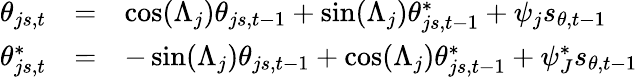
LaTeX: \begin{array}{rcl}{\theta_{js,t}}&{=}&{\cos(\Lambda_{j})\theta_{js,t-1}+\sin(\Lambda_{j})\theta_{js,t-1}^{*}+\psi_{j}s_{\theta,t-1}}\\ {\theta_{js,t}^{*}}&{=}&{-\sin(\Lambda_{j})\theta_{js,t-1}+\cos(\Lambda_{j})\theta_{js,t-1}^{*}+\psi_{J}^{*}s_{\theta,t-1}}\end{array}